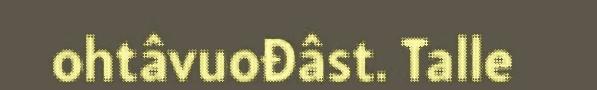
ohtâvuođâst. Talle